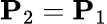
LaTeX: \mathbf{P}_{2}=\mathbf{P}_{1}